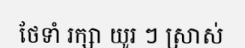
ថែទាំ រក្សា យូរ ៗ ស្រាស់